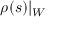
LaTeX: \rho ( s ) | _ { W }